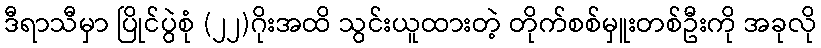
ဒီရာသီမှာ ပြိုင်ပွဲစုံ (၂၂)ဂိုးအထိ သွင်းယူထားတဲ့ တိုက်စစ်မှူးတစ်ဦးကို အခုလို